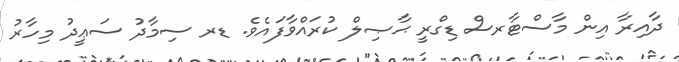
ދާއިރާ އިން މާސްޓާރސް ޑިގްރީ ޙާޞިލް ކުރައްވާފައެވެ. ޑރ ސިމާދު ސަޢީދު މިހާރު